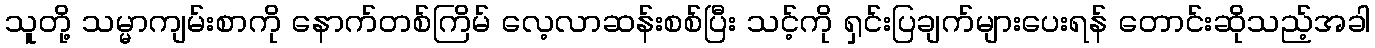
သူတို့ သမ္မာကျမ်းစာကို နောက်တစ်ကြိမ် လေ့လာဆန်းစစ်ပြီး သင့်ကို ရှင်းပြချက်များပေးရန် တောင်းဆိုသည့်အခါ